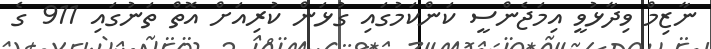
ނާޒިމް ވިދާޅުވީ އިމަޖެންސީ ކަންކަމުގައި ގުޅަން ކުރިއަށް އޮތް ތަނުގައި 911 ގެ